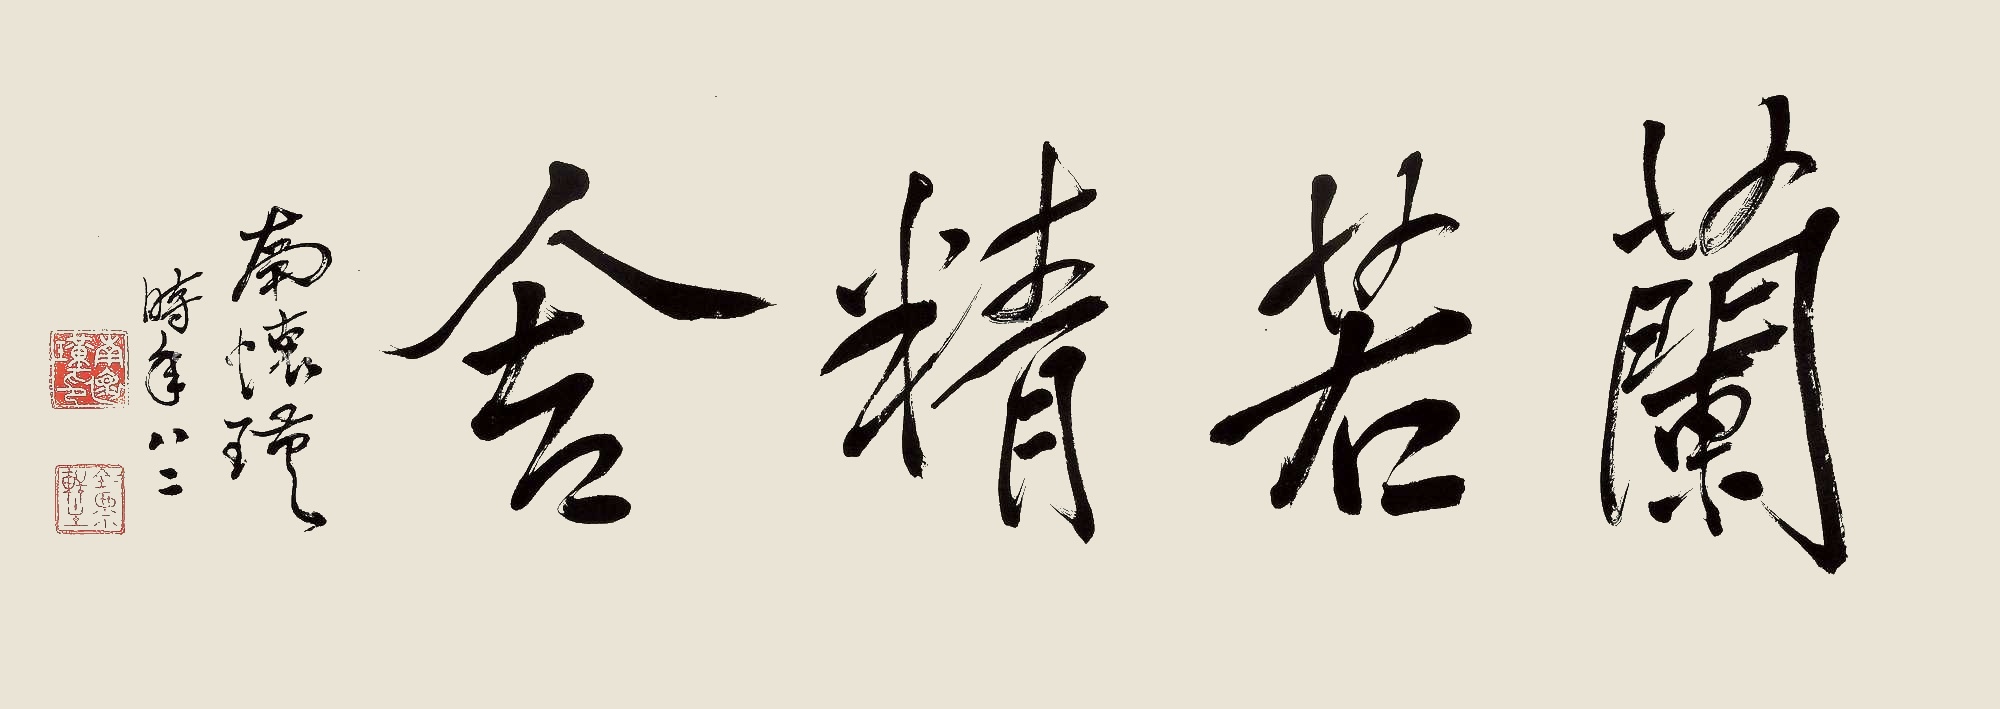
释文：兰若精舍南怀瑾时年八二。